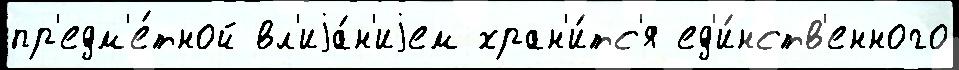
пр'едм'е́тной вл'иjа́н'иjем хран'и́тс'я ед'и́нств'енного